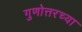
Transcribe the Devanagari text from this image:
गुणोत्तरच्या